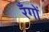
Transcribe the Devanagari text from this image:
रँगों